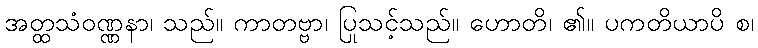
အတ္ထသံဝဏ္ဏနာ၊ သည်။ ကာတဗ္ဗာ၊ ပြုသင့်သည်။ ဟောတိ၊ ၏။ ပကတိယာပိ စ၊